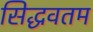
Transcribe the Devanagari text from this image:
सिद्धवतम